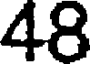
48